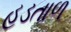
હડતાળ